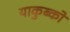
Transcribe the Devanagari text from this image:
याकुब्को